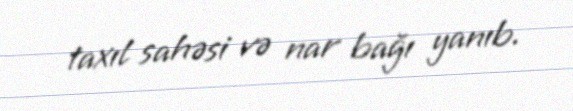
taxıl sahəsi və nar bağı yanıb.